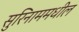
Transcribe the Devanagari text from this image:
सुरिनाममधील